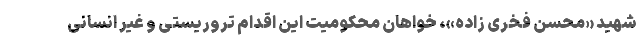
شهید «محسن فخری زاده»، خواهان محکومیت این اقدام تروریستی و غیر انسانی